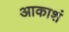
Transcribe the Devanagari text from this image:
आकाशं